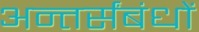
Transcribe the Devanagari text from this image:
अन्तर्संबंधों